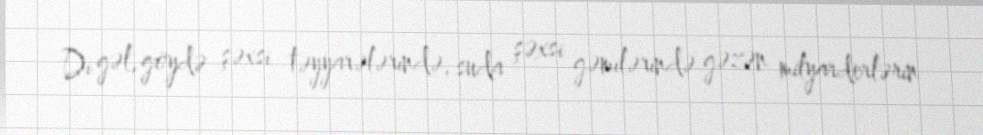
Di gəl, göydə şəxsi təyyarələrində, suda şəxsi gəmilərində gəzən milyarderlərin